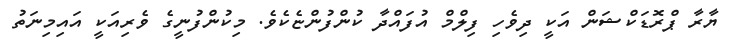
ޔާރާ ޕްރޮޑަކްޝަން އަކީ ދިވެހި ފިލްމް އުފައްދާ ކުންފުންޏެކެވެ. މިކުންފުނީގެ ވެރިއަކީ އައިމިނަތު